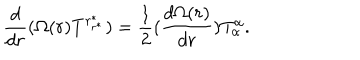
\frac { d } { d r } ( \Omega ( r ) T ^ { r _ { r ^ { \ast } } ^ { \ast } } ) = \frac { 1 } { 2 } ( \frac { d \Omega ( r ) } { d r } ) T _ { \alpha } ^ { \alpha } .